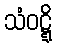
သံဝဋ္ဋိ